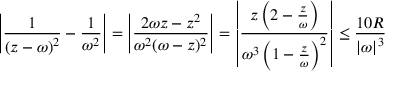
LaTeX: \left| { \frac { 1 } { \left( z - \omega \right) ^ { 2 } } } - { \frac { 1 } { \omega ^ { 2 } } } \right| = \left| { \frac { 2 \omega z - z ^ { 2 } } { \omega ^ { 2 } ( \omega - z ) ^ { 2 } } } \right| = \left| { \frac { z \left( 2 - { \frac { z } { \omega } } \right) } { \omega ^ { 3 } \left( 1 - { \frac { z } { \omega } } \right) ^ { 2 } } } \right| \leq { \frac { 1 0 R } { \left| \omega \right| ^ { 3 } } }